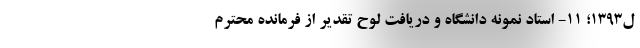
ل۱۳۹۳؛ ۱۱- استاد نمونه دانشگاه و دریافت لوح تقدیر از فرمانده محترم